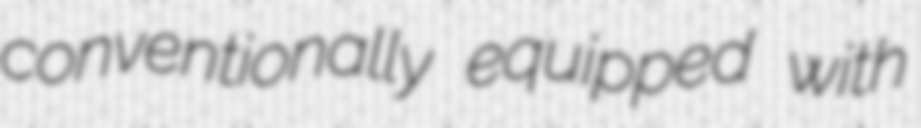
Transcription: conventionally equipped with